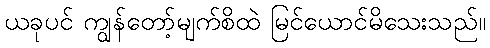
ယခုပင် ကျွန်တော့်မျက်စိထဲ မြင်ယောင်မိသေးသည်။